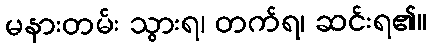
မနားတမ်း သွားရ၊ တက်ရ၊ ဆင်းရ၏။